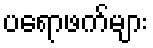
ပရောဖက်များ